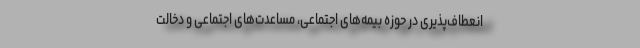
انعطاف‌پذیری در حوزه بیمه‌های اجتماعی، مساعدت‌های اجتماعی و دخالت